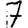
Digit: 7